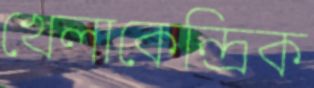
খেলাকেন্দ্রিক